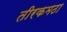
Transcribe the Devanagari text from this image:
तीरकमठा